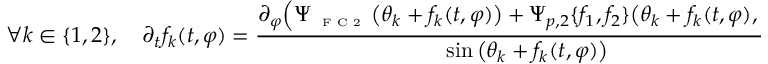
\forall k \in \{ 1 , 2 \} , \quad \partial _ { t } f _ { k } ( t , \varphi ) = \frac { \partial _ { \varphi } \Big ( \Psi _ { \textnormal { \tiny { F C 2 } } } \big ( \theta _ { k } + f _ { k } ( t , \varphi ) \big ) + \Psi _ { p , 2 } \{ f _ { 1 } , f _ { 2 } \} \big ( \theta _ { k } + f _ { k } ( t , \varphi ) , \varphi \big ) \Big ) } { \sin \big ( \theta _ { k } + f _ { k } ( t , \varphi ) \big ) } \cdot